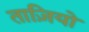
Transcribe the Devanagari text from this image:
ताज़ियो